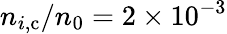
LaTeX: n_{i,\mathrm{c}}/n_{0}=2\times 10^{-3}